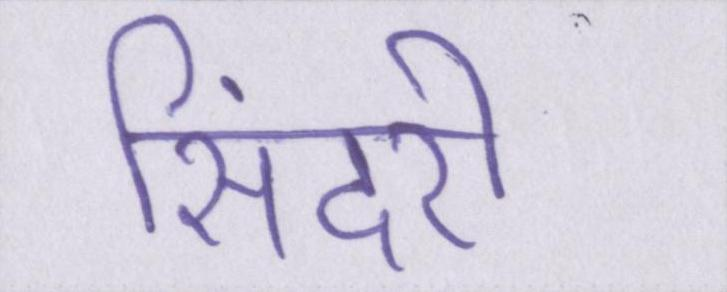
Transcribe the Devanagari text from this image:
सिंदरी